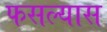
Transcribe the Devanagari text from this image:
फसल्यास